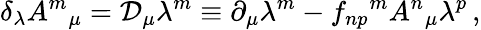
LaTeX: \delta_{\lambda}A^{m}{}_{\mu}={\cal D}_{\mu}\lambda^{m}\equiv\partial_{\mu}\lambda^{m}-f_{np}{}^{m}A^{n}{}_{\mu}\lambda^{p}\, ,